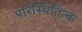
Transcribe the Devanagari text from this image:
परिस्थितित्क